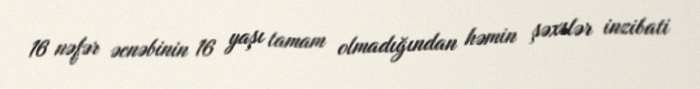
16 nəfər əcnəbinin 16 yaşı tamam olmadığından həmin şəxslər inzibati